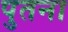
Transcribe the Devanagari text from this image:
पुतना